Report of the Indian Hemp Drugs Commission, 1894-1895 - Volume III
Year: 1894
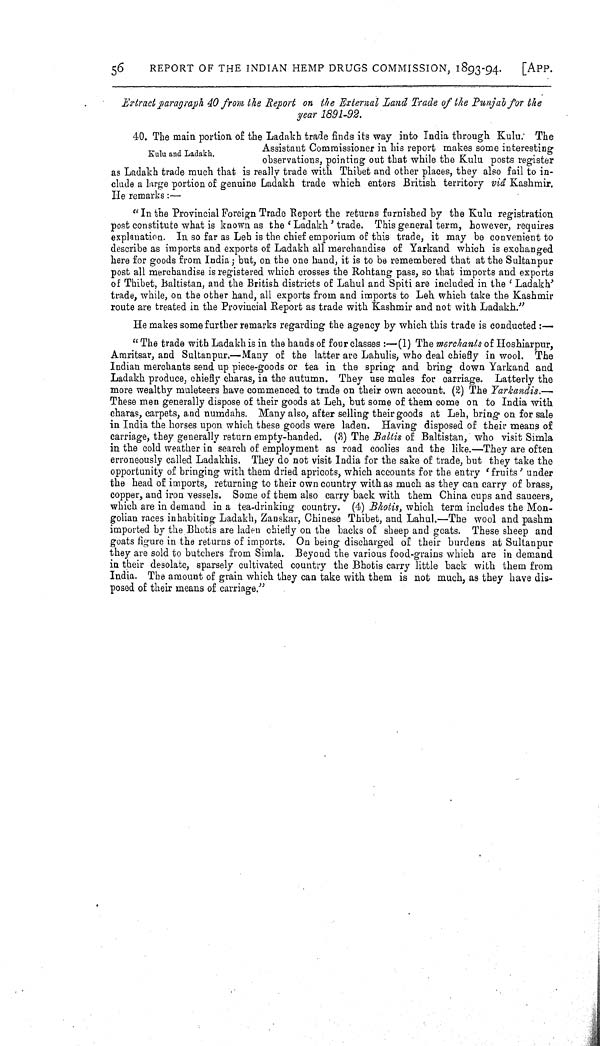
56
REPORT OF THE INDIAN HEMP DRUGS COMMISSION, 1893-94.
[APP.
Extract paragraph 40 from the Report on the External Land Trade of the Punjab for the
year 1891-92.
Kulu and Ladakh.
40. The main portion of the Ladakh trade finds its way into India through Kulu. The
Assistant Commissioner in his report makes some interesting
observations, pointing out that while the Kulu posts register
as Ladakh trade much that is really trade with Thibet and other places, they also fail to in-
clude a large portion of genuine Ladakh trade which enters British territory viá Kashmir.
He remarks:—
"In the Provincial Foreign Trade Report the returns furnished by the Kulu registration
post constitute what is known as the 'Ladakh' trade. This general term, however, requires
explanation. In so far as Leh is the chief emporium of this trade, it may be convenient to
describe as imports and exports of Ladakh all merchandise of Yarkand which is exchanged
here for goods from India; but, on the one hand, it is to be remembered that at the Sultanpur
post all merchandise is registered which crosses the Rohtang pass, so that imports and exports
of Thibet, Baltistan, and the British districts of Lahul and Spiti are included in the 'Ladakh'
trade, while, on the other hand, all exports from and imports to Leh which take the Kashmir
route are treated in the Provincial Report as trade with Kashmir and not with Ladakh."
He makes some further remarks regarding the agency by which this trade is conducted:—
"The trade with Ladakh is in the hands of four classes:—(1) The merchants of Hoshiarpur,
Amritsar, and Sultanpur.—Many of the latter are Lahulis, who deal chiefly in wool. The
Indian merchants send up piece-goods or tea in the spring and bring down Yarkand and
Ladakh produce, chiefly charas, in the autumn. They use mules for carriage. Latterly the
more wealthy muleteers have commenced to trade on their own account. (2) The Yarkandis.—
These men generally dispose of their goods at Leh, but some of them come on to India with
charas, carpets, and numdahs. Many also, after selling their goods at Leh, bring on for sale
in India the horses upon which these goods were laden. Having disposed of their means of
carriage, they generally return empty-handed. (3) The Baltis of Baltistan, who visit Simla
in the cold weather in search of employment as road coolies and the like.—They are often
erroneously called Ladakhis. They do not visit India for the sake of trade, but they take the
opportunity of bringing with them dried apricots, which accounts for the entry 'fruits' under
the head of imports, returning to their own country with as much as they can carry of brass,
copper, and iron vessels. Some of them also carry back with them China cups and saucers,
which are in demand in a tea-drinking country. (4) Bhotis, which term includes the Mon-
golian races inhabiting Ladakh, Zanskar, Chinese Thibet, and Lahul.—The wool and pashm
imported by the Bhotis are laden chiefly on the backs of sheep and goats. These sheep and
goats figure in the returns of imports. On being discharged of their burdens at Sultanpur
they are sold to butchers from Simla. Beyond the various food-grains which are in demand
in their desolate, sparsely cultivated country the Bhotis carry little back with them from
India. The amount of grain which they can take with them is not much, as they have dis-
posed of their means of carriage."